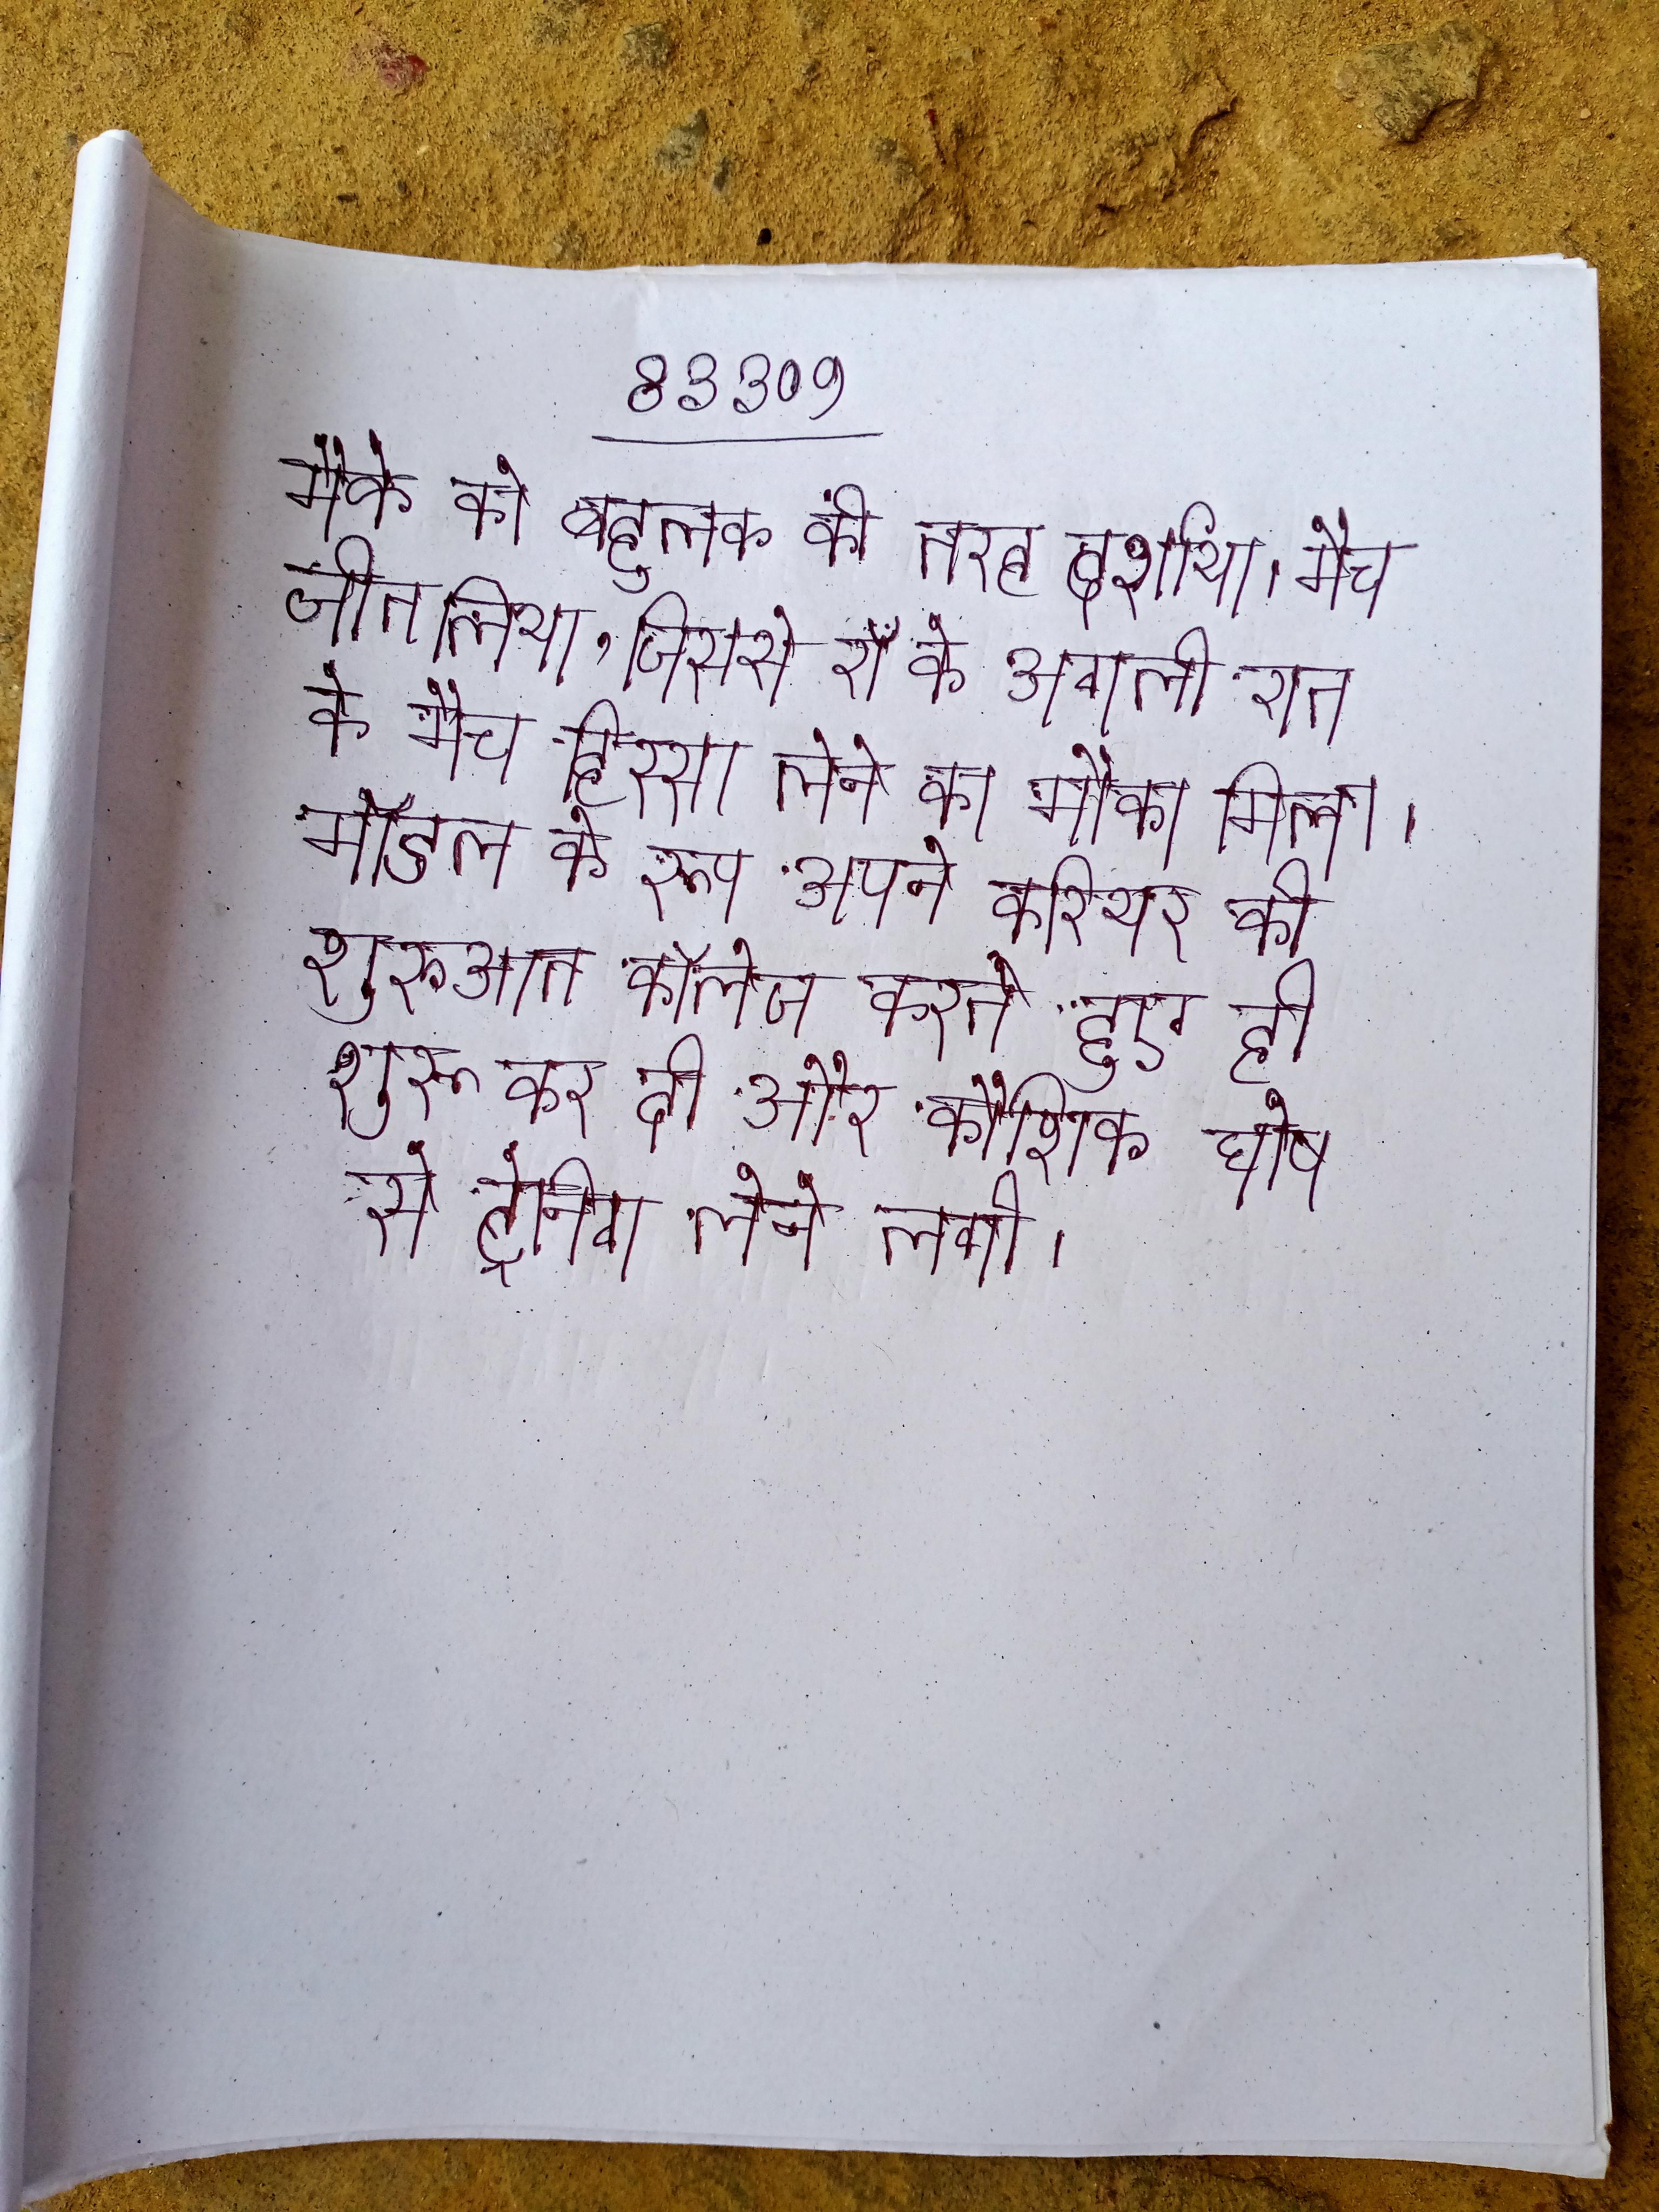
मैक्रो को बहुलक की तरह दर्शाया । मैच जीत लिया, जिससे रॉ के अगली रात के मैच हिस्सा लेने का मौका मिला । मॉडल के रूप अपने करियर की शुरुआत कॉलेज करते हुए ही शुरू कर दी और कौशिक घोष से ट्रेनिग लेने लगी ।